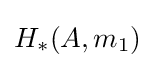
H_{*}(A,m_{1})